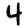
Digit: 4